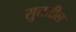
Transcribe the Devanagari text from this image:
सुततील